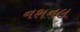
નશનલ